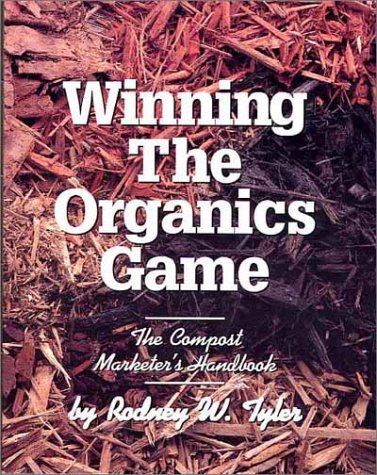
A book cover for Winning the Organics Game: The Compost Marketer's Handbook; Rodney W. Tyler; Crafts, Hobbies & Home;